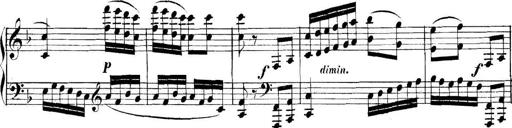
Title: Collected Piano Sonatas
Composer: Muzio Clementi